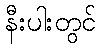
နီးပါးတွင်